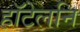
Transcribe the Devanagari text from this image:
हॉटेलनि